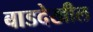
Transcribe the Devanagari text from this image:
बाडदेखील